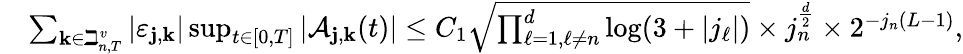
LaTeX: \begin{array}{rl}&{\sum_{\mathbf{k}\in\beth_{n,T}^{v}}\left|\varepsilon_{\mathbf{j},\mathbf{k}}\right|\operatorname*{sup}_{t\in[0,T]}\left|\mathcal{A}_{\mathbf{j},\mathbf{k}}(t)\right|\leq C_{1}\sqrt{\prod_{\ell=1,\ell\neq n}^{d}\log(3+|j_{\ell}|)}\times j_{n}^{\frac{d}{2}}\times 2^{-j_{n}(L-1)},}\end{array}